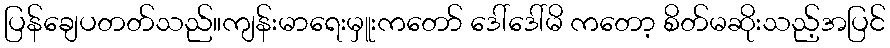
ပြန်ချေပတတ်သည်။ကျန်းမာရေးမှူးကတော် ဒေါ်ဒေါ်မိ ကတော့ စိတ်မဆိုးသည့်အပြင်